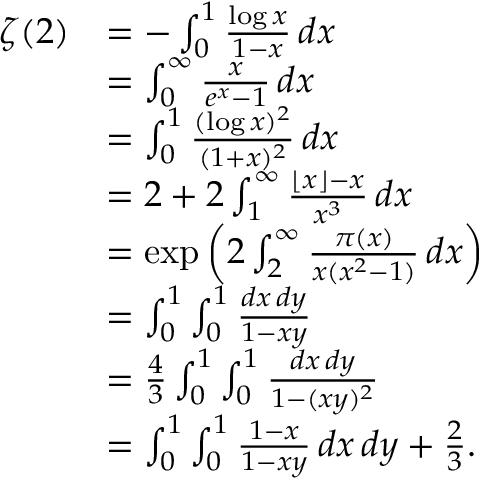
{ \begin{array} { r l } { \zeta ( 2 ) } & { = - \int _ { 0 } ^ { 1 } { \frac { \log x } { 1 - x } } \, d x } \\ & { = \int _ { 0 } ^ { \infty } { \frac { x } { e ^ { x } - 1 } } \, d x } \\ & { = \int _ { 0 } ^ { 1 } { \frac { ( \log x ) ^ { 2 } } { ( 1 + x ) ^ { 2 } } } \, d x } \\ & { = 2 + 2 \int _ { 1 } ^ { \infty } { \frac { \lfloor x \rfloor - x } { x ^ { 3 } } } \, d x } \\ & { = \exp \left( 2 \int _ { 2 } ^ { \infty } { \frac { \pi ( x ) } { x ( x ^ { 2 } - 1 ) } } \, d x \right) } \\ & { = \int _ { 0 } ^ { 1 } \int _ { 0 } ^ { 1 } { \frac { d x \, d y } { 1 - x y } } } \\ & { = { \frac { 4 } { 3 } } \int _ { 0 } ^ { 1 } \int _ { 0 } ^ { 1 } { \frac { d x \, d y } { 1 - ( x y ) ^ { 2 } } } } \\ & { = \int _ { 0 } ^ { 1 } \int _ { 0 } ^ { 1 } { \frac { 1 - x } { 1 - x y } } \, d x \, d y + { \frac { 2 } { 3 } } . } \end{array} }